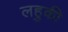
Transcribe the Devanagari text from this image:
लहुकी